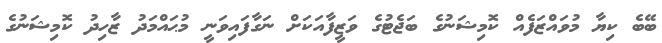
ބޭބެ ކިޔާ މުވައްޒަފެއް ކޮމިޝަނުގެ ބަޖެޓުގެ ވަޒީފާއަކަށް ނަގާފައިވަނީ މުޙައްމަދު ޒާހިދު ކޮމިޝަނުގެ